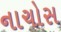
નાચોસ